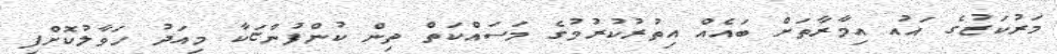
މަރުކަޒުގެ އަައު އިމާރާތަށް ބައެއް އިތުރުކުރުމުގެ މަސައްކަތް ތިން ކުންފުންޏަކާ މިއަދު ހަވާލުކޮށްފި